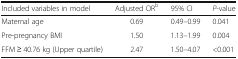
| Included variables in model | Adjusted ORb | 95% CI | P-value |
 | --- | --- | --- | --- |
 | Maternal age | 0.69 | 0.49–0.99 | 0.041 |
 | Pre-pregnancy BMI | 1.50 | 1.13–1.99 | 0.004 |
 | FFM ≥ 40.76 kg (Upper quartile) | 2.47 | 1.50–4.07 | <0.001 |